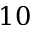
1 0